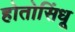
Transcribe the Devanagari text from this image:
होतोसिंधू